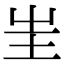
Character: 㞷